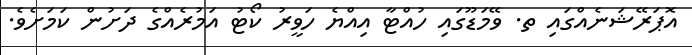
އޮޕަރޭޝަނެއްގައި ތ. ވޭމަޑޫގައި ހުއްޓާ އިއްޔެ ހަވީރު ކޯޓު އަމުރެއްގެ ދަށުން ކަމަށެވެ.